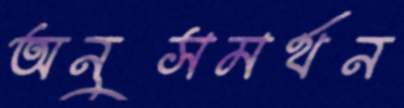
অনুসমর্থন